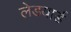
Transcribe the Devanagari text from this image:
लेडयार्ड